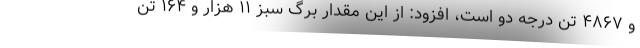
و ۴۸۶۷ تن درجه دو است، افزود: از این مقدار برگ سبز ۱۱ هزار و ۱۶۴ تن